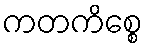
ကတကိစ္စေ